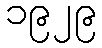
၁၉၂၉